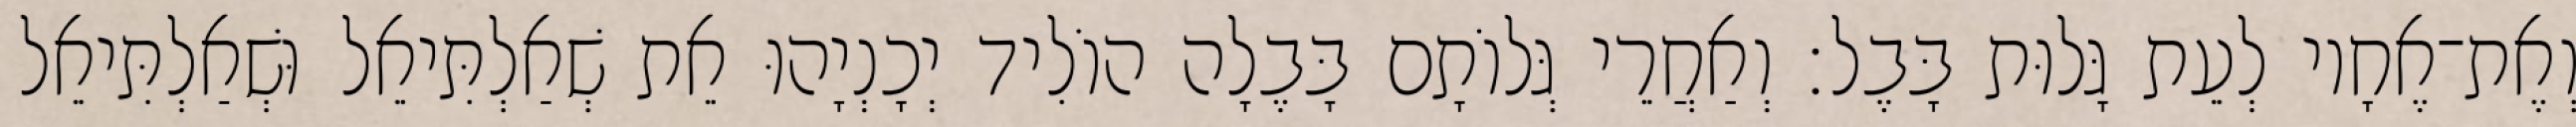
וְאֶת־אֶחָיו לְעֵת גָּלוּת בָּבֶל׃ וְאַחֲרֵי גְּלוֹתָם בָּבֶלָה הוֹלִיד יְכָנְיָהוּ אֵת שְׁאַלְתִּיאֵל וּשְׁאַלְתִּיאֵל